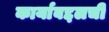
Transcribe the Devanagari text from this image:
कार्याबद्दलची